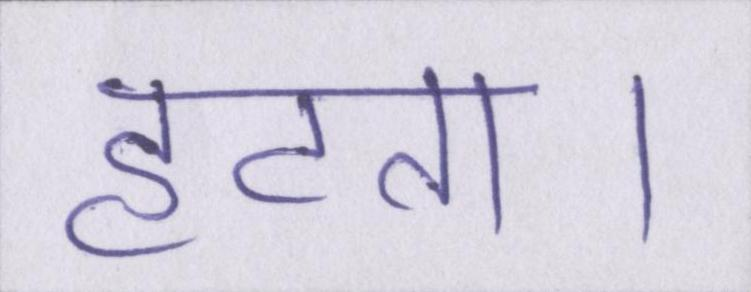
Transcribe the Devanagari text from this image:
हटता।